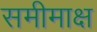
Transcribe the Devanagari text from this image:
समीमाक्ष